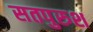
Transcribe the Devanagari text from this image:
सतपुरुश